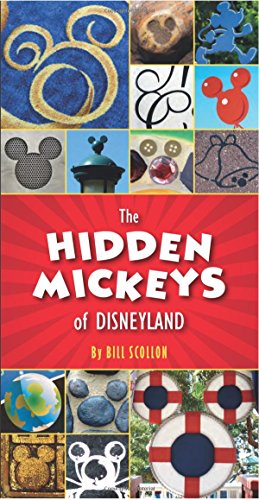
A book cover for The Hidden Mickeys of Disneyland; Bill Scollon; Humor & Entertainment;